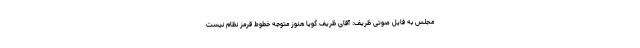
مجلس به فایل صوتی ظریف: آقای ظریف گویا هنوز متوجه خطوط قرمز نظام نیست